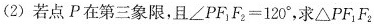
(2)若点P在第三象限，且∠PF _{1}F_{2}=120^{\circ}，求\triangle PF_{1}F_{2}